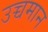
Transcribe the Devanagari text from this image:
उच्चमान